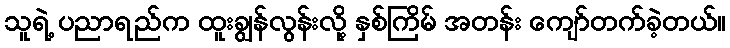
သူရဲ့ ပညာရည်က ထူးချွန်လွန်းလို့ နှစ်ကြိမ် အတန်း ကျော်တက်ခဲ့တယ်။